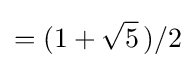
=(1+{\sqrt {5}}~\!)/2